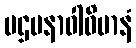
ပဌမနာဝါဝိမာနံ